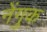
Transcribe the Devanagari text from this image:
नेंगुक